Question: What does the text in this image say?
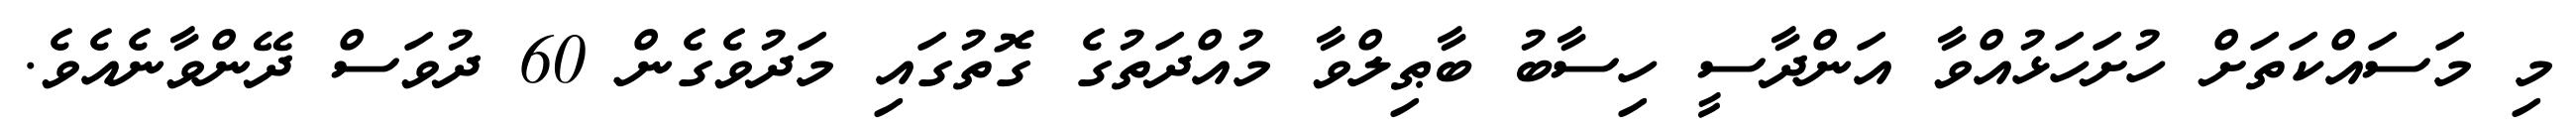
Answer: މި މަސައްކަތަށް ހުށަހަޅުއްވާ އަންދާސީ ހިސާބު ބާޠިލްވާ މުއްދަތުގެ ގޮތުގައި މަދުވެގެން 60 ދުވަސް ދޭންވާނެއެވެ.